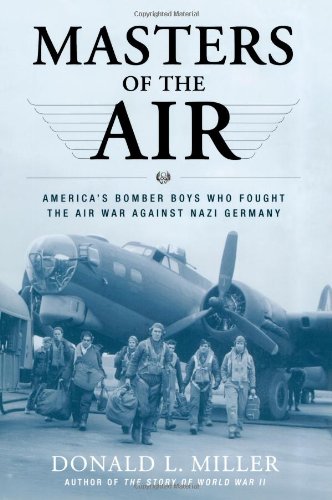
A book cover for Masters of the Air: America's Bomber Boys Who Fought the Air War Against Nazi Germany; Donald L. Miller; History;